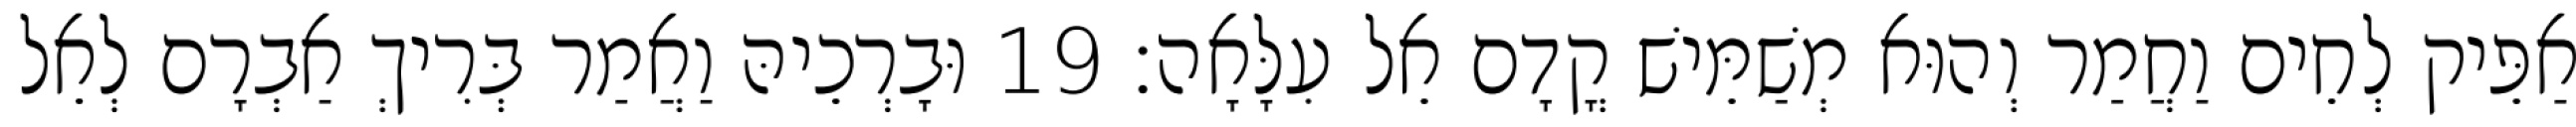
אַפֵּיק לְחֵים וַחֲמַר וְהוּא מְשַׁמֵּישׁ קֳדָם אֵל עִלָּאָה׃ 19 וּבָרְכֵיהּ וַאֲמַר בְּרִיךְ אַבְרָם לְאֵל